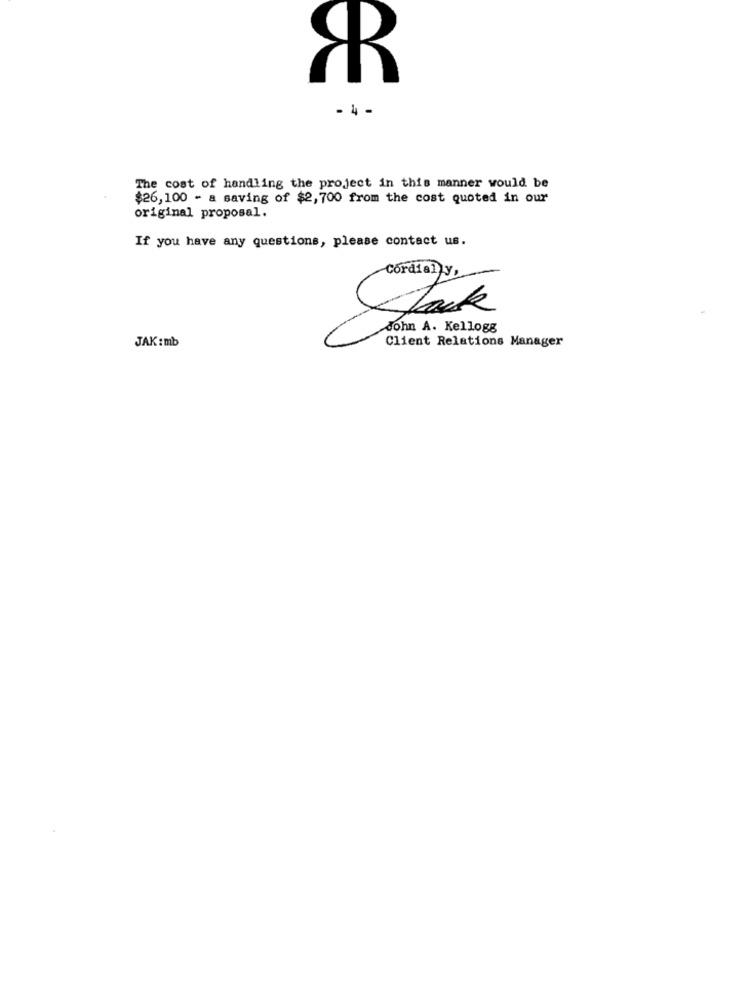
- 4 -
The cost of handling the project in this manner would be
$26,100 - a saving of $2,700 from the cost quoted in our
original proposal.
If you have any questions, please contact us.
Cordially,
Jak
John A. Kellogg
JAK :mb
Client Relations Manager